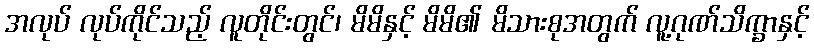
အလုပ် လုပ်ကိုင်သည့် လူတိုင်းတွင်၊ မိမိနှင့် မိမိ၏ မိသားစုအတွက် လူ့ဂုဏ်သိက္ခာနှင့်